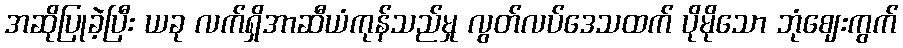
အဆိုပြုခဲ့ပြီး ယခု လက်ရှိအာဆီယံကုန်သည်မှု လွတ်လပ်ဒေသထက် ပိုမိုသော ဘုံဈေးကွက်